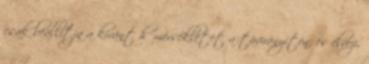
csak beállítja a kívánt hőmérsékletet a távirányítón, és élvezi,